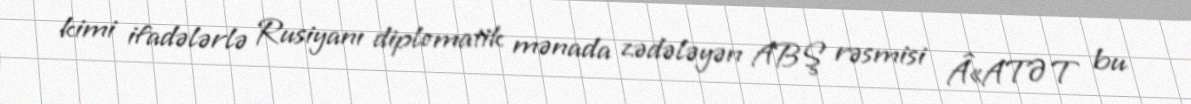
kimi ifadələrlə Rusiyanı diplomatik mənada zədələyən ABŞ rəsmisi Â«ATƏT bu